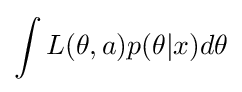
\int {L(\theta ,a)p(\theta |x)d\theta }